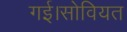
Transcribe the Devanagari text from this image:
गई।सोवियत